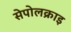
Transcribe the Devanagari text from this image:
सेपोलक्राइ